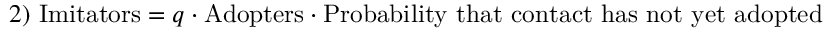
2 ) \ { \mathrm { I m i t a t o r s } } = q \cdot { \mathrm { A d o p t e r s } } \cdot { \mathrm { P r o b a b i l i t y ~ t h a t ~ c o n t a c t ~ h a s ~ n o t ~ y e t ~ a d o p t e d } }